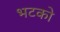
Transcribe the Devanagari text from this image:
भटको